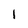
Character: 1